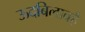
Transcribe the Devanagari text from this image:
ऊदबिलावहै